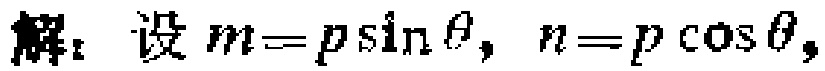
解：设\(m = p\sin\theta\)，\(n = p\cos\theta\)，